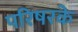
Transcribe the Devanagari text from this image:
परिषरके